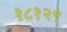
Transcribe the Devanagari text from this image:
१८१२९